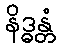
နိဒ္ဓန္တံ